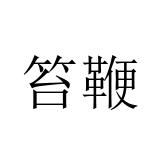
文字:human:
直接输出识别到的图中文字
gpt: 笞鞭